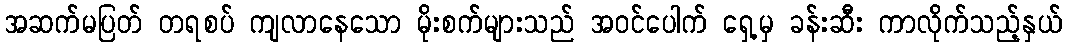
အဆက်မပြတ် တရစပ် ကျလာနေသော မိုးစက်များသည် အဝင်ပေါက် ရှေ့မှ ခန်းဆီး ကာလိုက်သည့်နှယ်